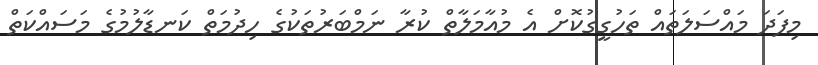
މިފަދަ މައްސަލަތައް ތަހުގީގުކޮށް އެ މުއާމަލާތް ކުރާ ނަމްބަރުތަކުގެ ހިދުމަތް ކަނޑާލުމުގެ މަސައްކަތް